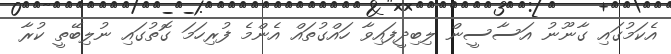
އެކަމުގައި ގާނޫނު އަސާސީން ލިބިދީފައިވާ ހައްގުތައް އެންމެ ފުރިހަމަ ގޮތުގައި ނުލިބޭތީ ކުރާ